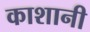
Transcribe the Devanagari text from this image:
काशानी